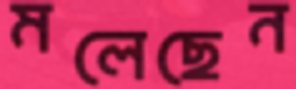
মলেছেন